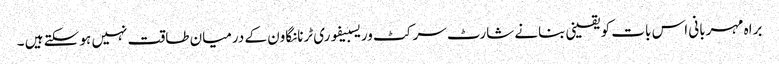
براہ مہربانی اس بات کو یقینی بنانے شارٹ سرکٹ وریسبیفوری ٹرنانگاون کے درمیان طاقت نہیں ہو سکتے ہیں ۔